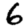
Digit: 6